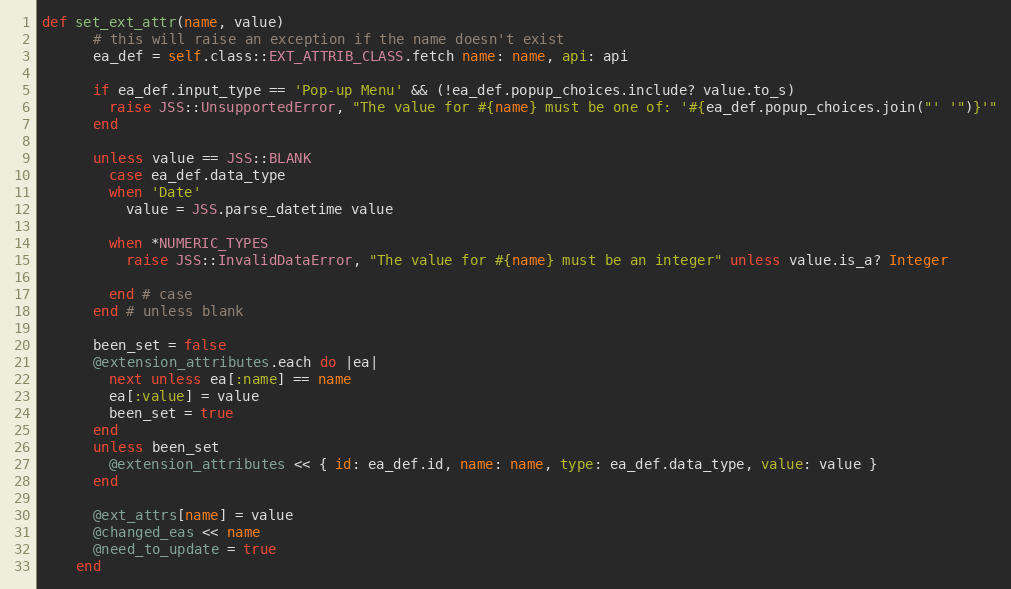
Language: Ruby
def set_ext_attr(name, value)
      # this will raise an exception if the name doesn't exist
      ea_def = self.class::EXT_ATTRIB_CLASS.fetch name: name, api: api

      if ea_def.input_type == 'Pop-up Menu' && (!ea_def.popup_choices.include? value.to_s)
        raise JSS::UnsupportedError, "The value for #{name} must be one of: '#{ea_def.popup_choices.join("' '")}'"
      end

      unless value == JSS::BLANK
        case ea_def.data_type
        when 'Date'
          value = JSS.parse_datetime value

        when *NUMERIC_TYPES
          raise JSS::InvalidDataError, "The value for #{name} must be an integer" unless value.is_a? Integer

        end # case
      end # unless blank

      been_set = false
      @extension_attributes.each do |ea|
        next unless ea[:name] == name
        ea[:value] = value
        been_set = true
      end
      unless been_set
        @extension_attributes << { id: ea_def.id, name: name, type: ea_def.data_type, value: value }
      end

      @ext_attrs[name] = value
      @changed_eas << name
      @need_to_update = true
    end